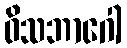
ဝိသဘာဂေါ